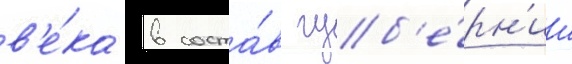
в'е́ка в соста́в губ'е́рн'ии